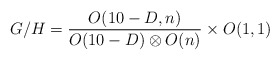
\begin{align*}G/H = {O(10-D,n) \over O(10-D)\otimes O(n)} \times O(1,1)\end{align*}